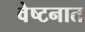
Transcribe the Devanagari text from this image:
वेष्टनात